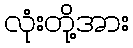
လုံးတို့အား